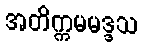
အတိက္ကမမဒ္ဒသ